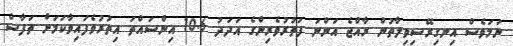
ނަމަވެސް އިނގިރޭސިވިލާތުން ރާއްޖެ އަންނަ ފަތުރުވެރިންގެ އަދަދު 10.6 އިންސައްތަ އިތުރުވެފައިވާކަމަށް ތަފާސް